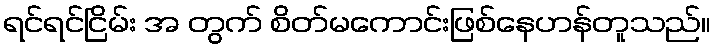
ရင်ရင်ငြိမ်း အ တွက် စိတ်မကောင်းဖြစ်နေဟန်တူသည်။